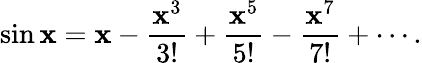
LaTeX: \sin\mathbf{x}=\mathbf{x}-{\frac{{\mathbf{x}^{3}}}{{3!}}}+{\frac{{\mathbf{x}^{5}}}{{5!}}}-{\frac{{\mathbf{x}^{7}}}{{7!}}}+\cdots.